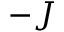
- J